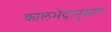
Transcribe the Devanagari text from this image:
कालभेदानुसार